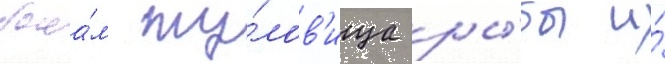
бока́м ту́лов'ища ры́бы и́